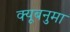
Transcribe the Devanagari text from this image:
क्यूबनुमा